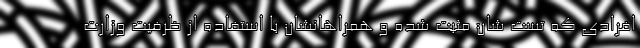
افرادی که تست شان مثبت شده و همراهانشان با استفاده از ظرفیت وزارت